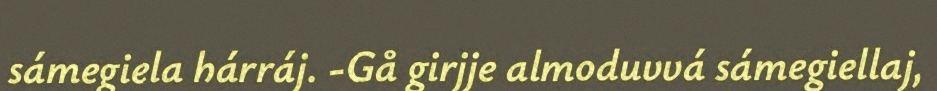
sámegiela hárráj. -Gå girjje almoduvvá sámegiellaj,